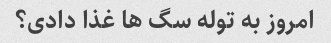
امروز به توله سگ ها غذا دادی؟